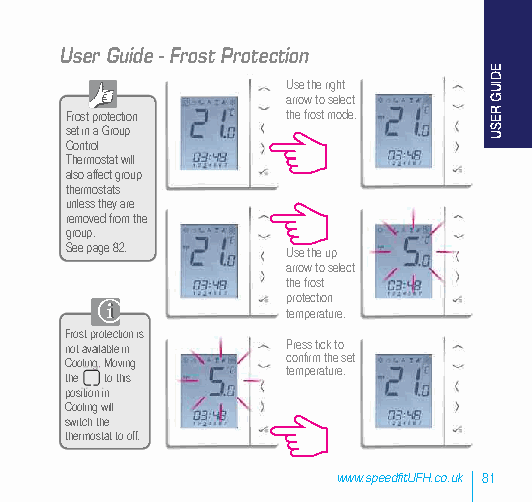
User Guide - Frost Protection
 Use the right
 arrow to select
 Frost protection the frost mode.
 set in a Group
 Control
 Thermostat will
 also affect group
 thermostats
 unless they are
 removed from the
 group.
 See page 82.   Use the up
 arrow to select
 the frost
 protection
 temperature.
 Frost protection is
 not available in Press tick to
 confirm the set
 Cooling. Moving
 temperature.
 the to this
 position in
 Cooling will
 switch the
 thermostat to off.
 www.speedfitUFH.co.uk 81
 EDIUG
 RESU